Civil Veterinary Department Bihar & Orissa reports 1922-29 - 1922-1929
Year: 1922
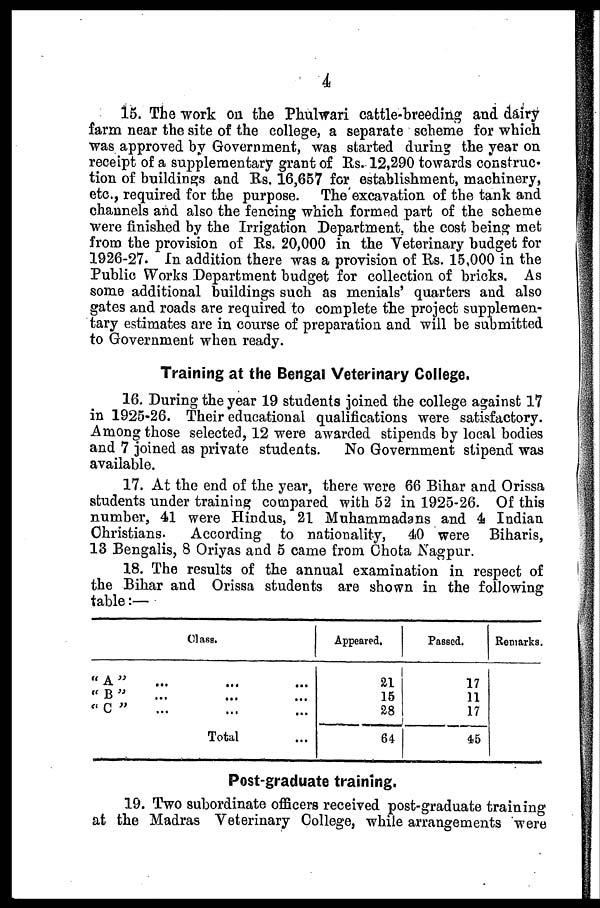
4
15. The work on the Phulwari cattle-breeding and dairy
farm near the site of the college, a separate scheme for which
was approved by Government, was started during the year on
receipt of a supplementary grant of Us. 12,290 towards construc-
tion of buildings and Us. 16,657 for establishment, machinery,
etc., required for the purpose. The excavation of the tank and
channels and also the fencing which formed part of the scheme
were finished by the Irrigation Department, the cost being met
from the provision of Rs. 20,000 in the Veterinary budget for
1926-27. In addition there was a provision of Rs. 15,000 in the
Public Works Department budget for collection of bricks. As
some additional buildings such as menials' quarters and also
gates and roads are required to complete the project supplemen-
tary estimates are in course of preparation and will be submitted
to Government when ready.
Training at the Bengal Veterinary College.
16. During the year 19 students joined the college against 17
in 1925-26. Their educational qualifications were satisfactory.
Among those selected, 12 were awarded stipends by local bodies
and 7 joined as private students.
No Government stipend was
available.
17. At the end of the year, there were 66 Bihar and Orissa
students under training compared with 52 in 1925-26. Of this
number, 41 were Hindus, 21 Muhammadans and 4 Indian
Christians.
According to nationality,
40 were Biharis,
13 Bengalis, 8 Oriyas and 5 came from Chota Nagpur.
18. The results of the annual examination in respect of
the Bibar and Orissa students are shown in the following
table:—
Clase.
" A " ... ... ...
" B " ... ... ...
"C " ... ... ...
Total ...
Appeared.
21
15
28
64
Passed.
17
11
17
45
Remarks.
Post-graduate training.
19. Two subordinate officers received post-graduate training
at the Madras Veterinary College, while arrangements were